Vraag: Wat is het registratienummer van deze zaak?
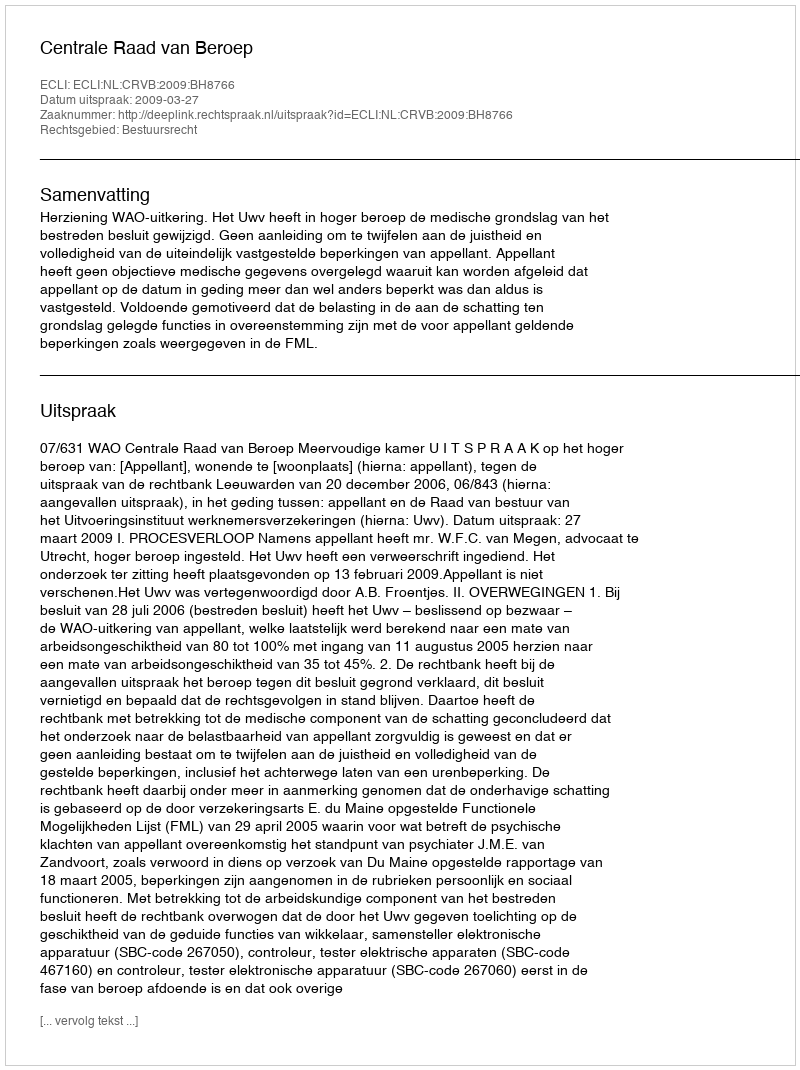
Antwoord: http://deeplink.rechtspraak.nl/uitspraak?id=ECLI:NL:CRVB:2009:BH8766